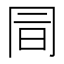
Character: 𠕙